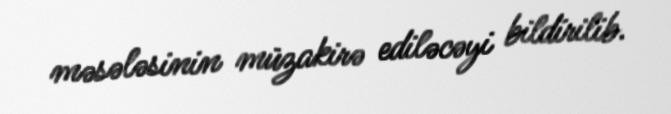
məsələsinin müzakirə ediləcəyi bildirilib.